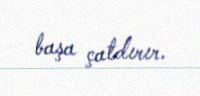
başa çatdırır.